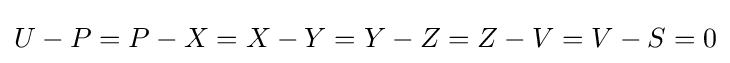
U-P=P-X=X-Y=Y-Z=Z-V=V-S=0